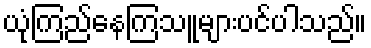
ယုံကြည်နေကြသူများပင်ပါသည်။